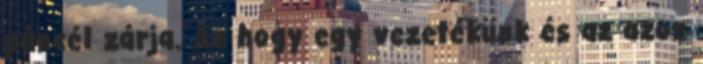
páncél zárja. Az hogy egy vezetékünk és az azon